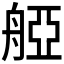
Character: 𦩒